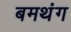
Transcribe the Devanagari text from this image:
बमथंग